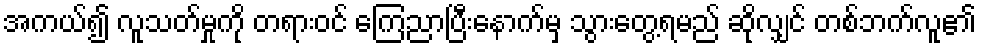
အကယ်၍ လူသတ်မှုကို တရားဝင် ကြေညာပြီးနောက်မှ သွားတွေ့ရမည် ဆိုလျှင် တစ်ဘက်လူ၏